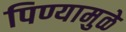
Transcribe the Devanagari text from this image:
पिण्यामुळे